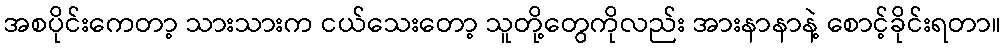
အစပိုင်းကေတာ့ သားသားက ငယ်သေးတော့ သူတို့တွေကိုလည်း အားနာနာနဲ့ စောင့်ခိုင်းရတာ။